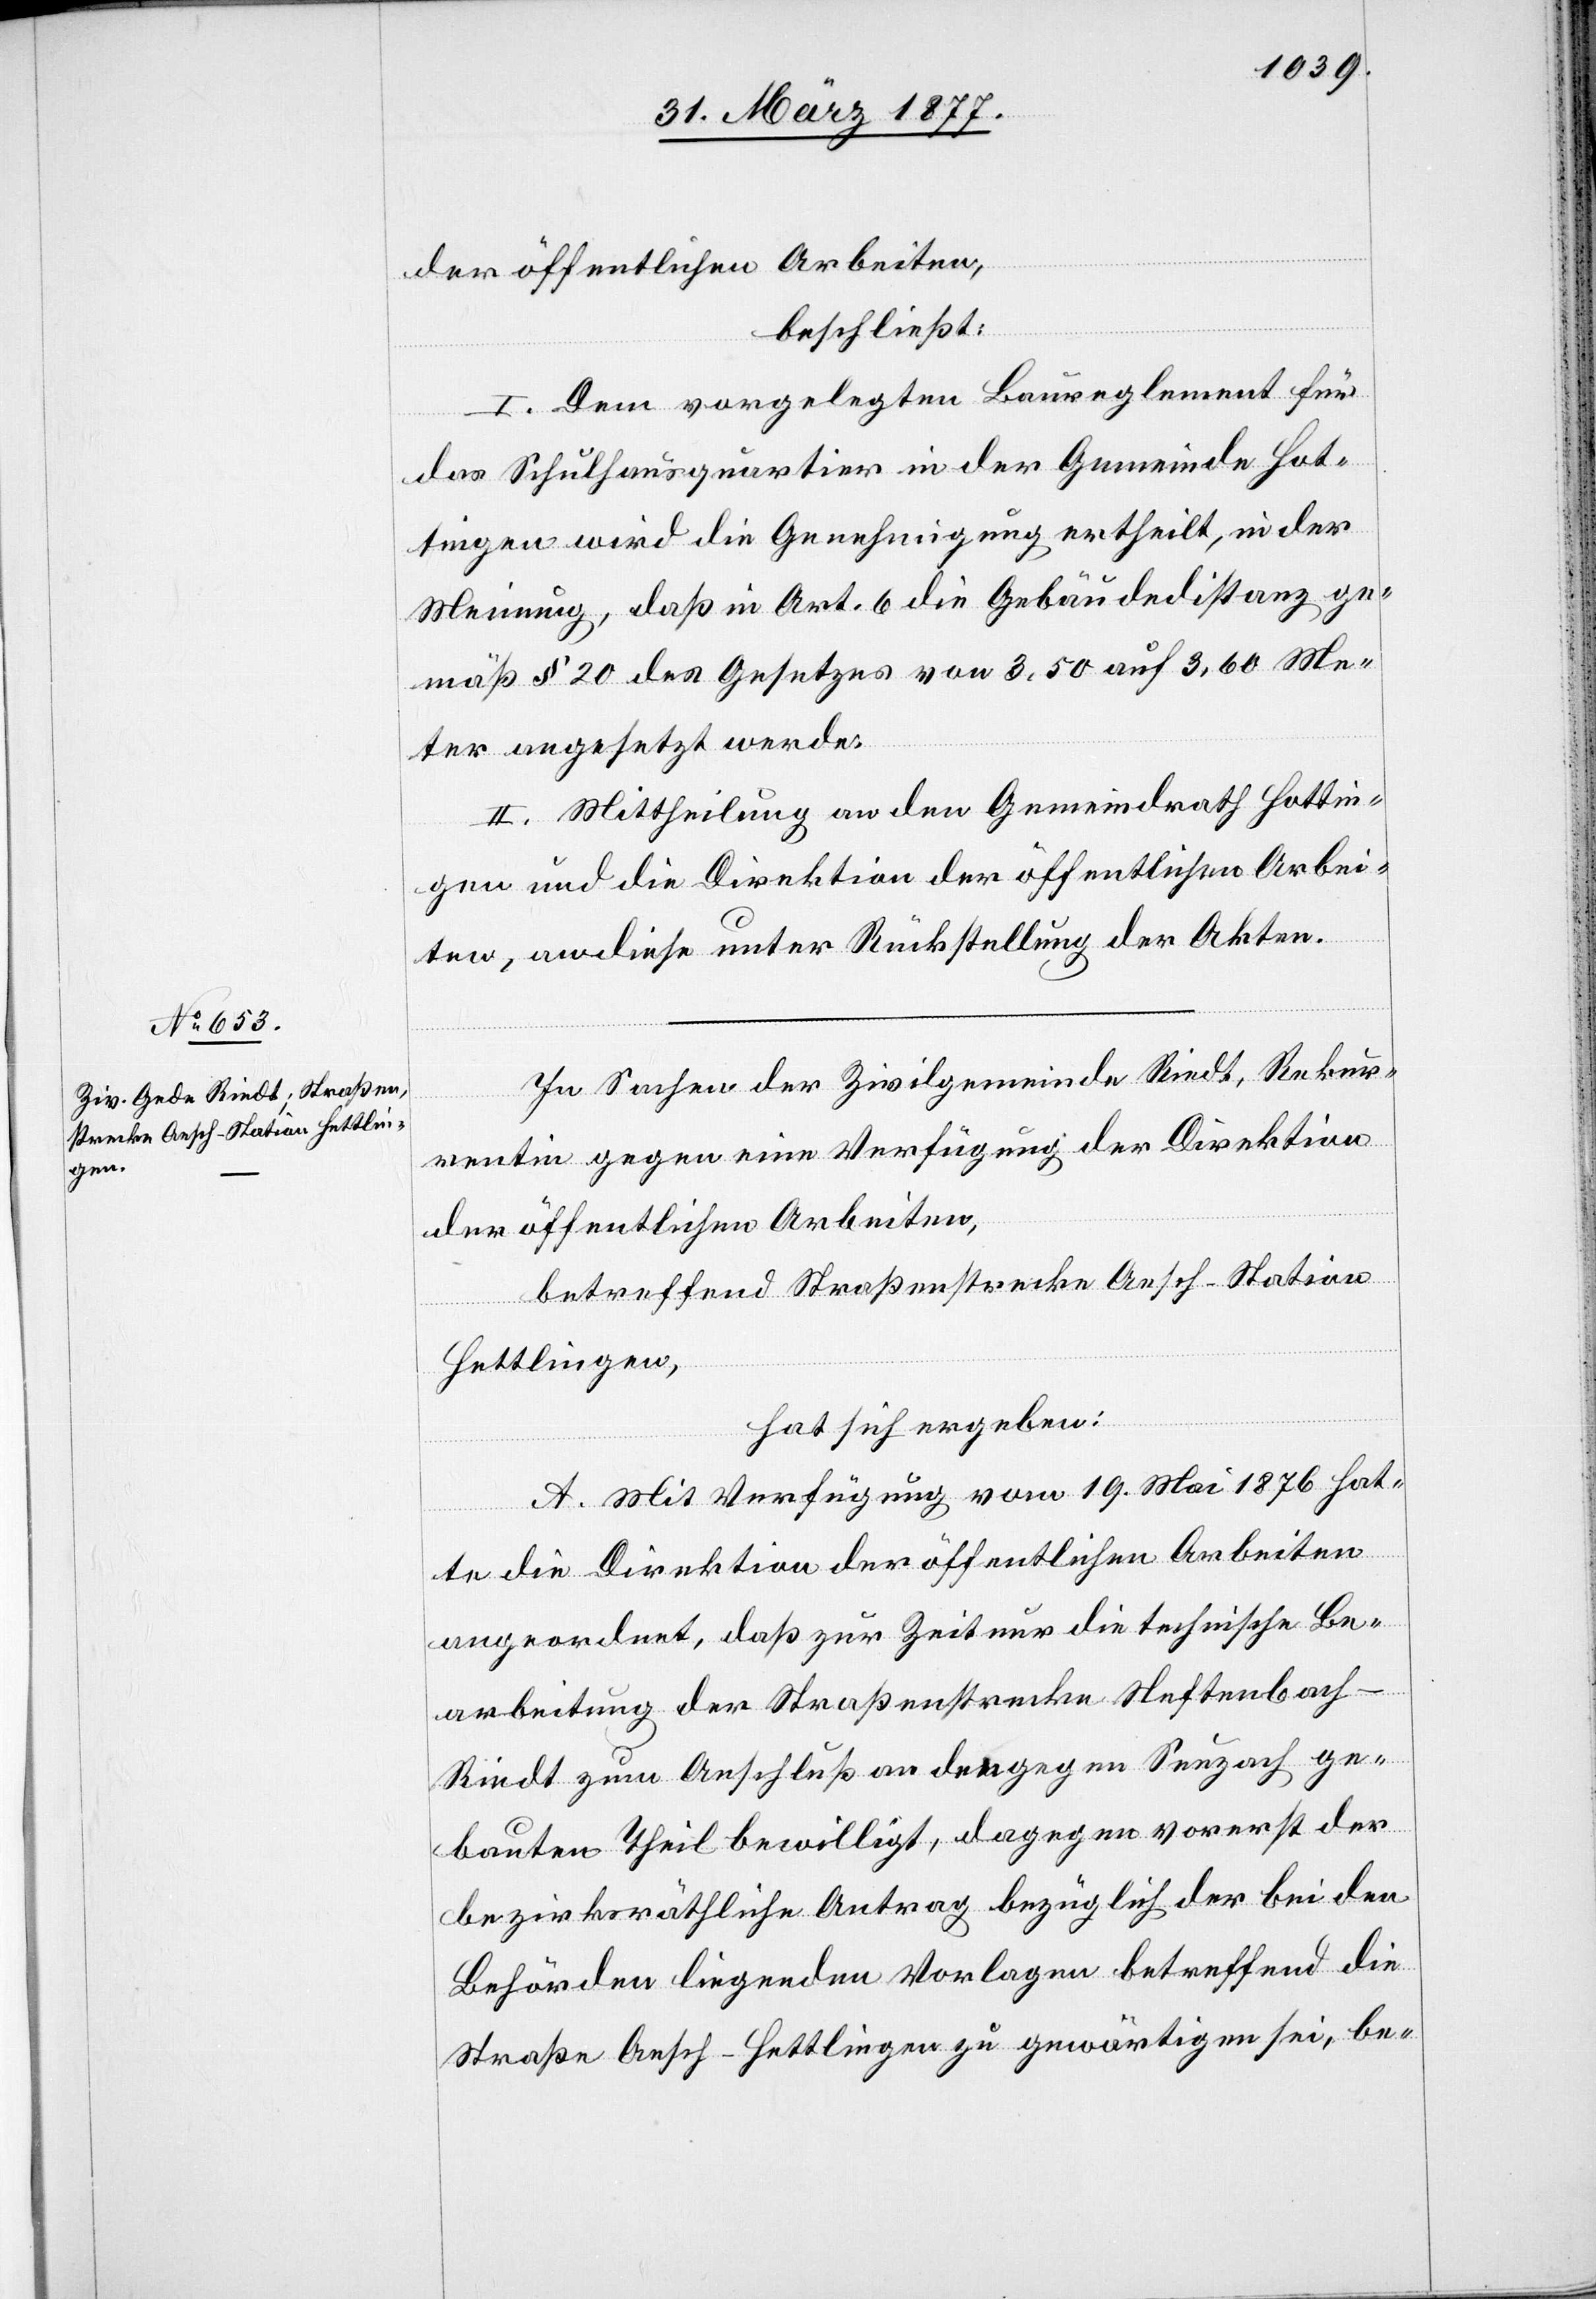
der öffentlichen Arbeiten,
beschließt:
I. Dem vorgelegten Baureglement für
das Schulhausquartier in der Gemeinde Hot¬
tingen wird die Genehmigung ertheilt, in der
Meinung daß in Art. 6 die Gebäudedistanz ge¬
mäß § 20 des Gesetzes von 3,50 auf 3,60 Me¬
ter angesetzt werde.
II. Mittheilung an den Gemeindrath Hottin¬
gen und die Direktion der öffentlichen Arbei¬
ten, an diese unter Rückstellung der Akten.
In Sachen der Zivilgemeinde Riedt, Rekur¬
rentin gegen eine Verfügung der Direktion
der öffentlichen Arbeiten,
betreffend Straßenstrecke Aesch–Station
Hettlingen,
hat sich ergeben:
A. Mit Verfügung vom 19. Mai 1876 hat¬
te die Direktion der öffentlichen Arbeiten
angeordnet, daß zur Zeit nur die technische Be¬
arbeitung der Straßenstrecke Neftenbach–R¬
iedt zum Anschluß an den gegen Seuzach ge¬
bauten Theil bewilligt, dagegen vorerst der
bezirksräthliche Antrag bezüglich der bei den
Behörden liegenden Vorlagen betreffend die
Straße Aesch–Hettlingen zu gewärtigen sei, be-